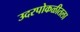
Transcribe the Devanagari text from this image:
उदरपोकळीतला